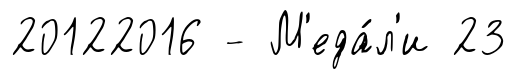
20122016 - М'еда́л'и 23